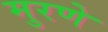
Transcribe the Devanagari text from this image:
मुरणे